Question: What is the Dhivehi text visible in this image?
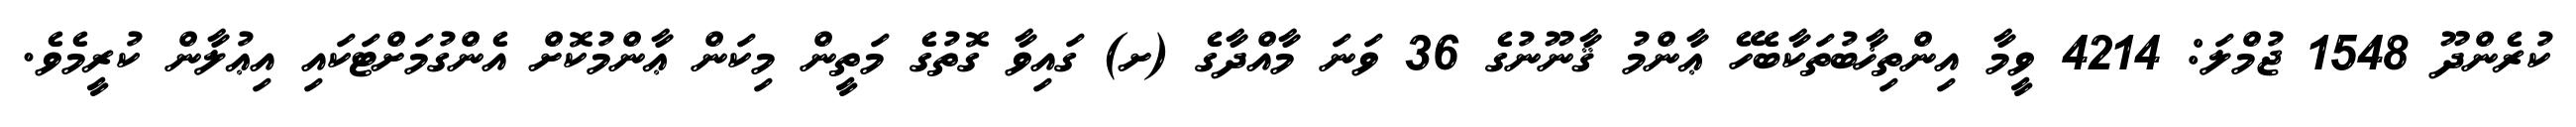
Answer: ކުރެންދޫ 1548 ޖުމްލަ: 4214 ވީމާ އިންތިޚާބުތަކާބެހޭ ޢާންމު ޤާނޫނުގެ 36 ވަނަ މާއްދާގެ (ށ) ގައިވާ ގޮތުގެ މަތީން މިކަން ޢާންމުކޮށް އެންގުމަށްޓަކައި އިޢުލާން ކުރީމެވެ.